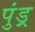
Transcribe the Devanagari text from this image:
पुंड़्र